Notes on vaccination in the North-West Frontier Province 1923-1928 - 1923-1928
Year: 1923
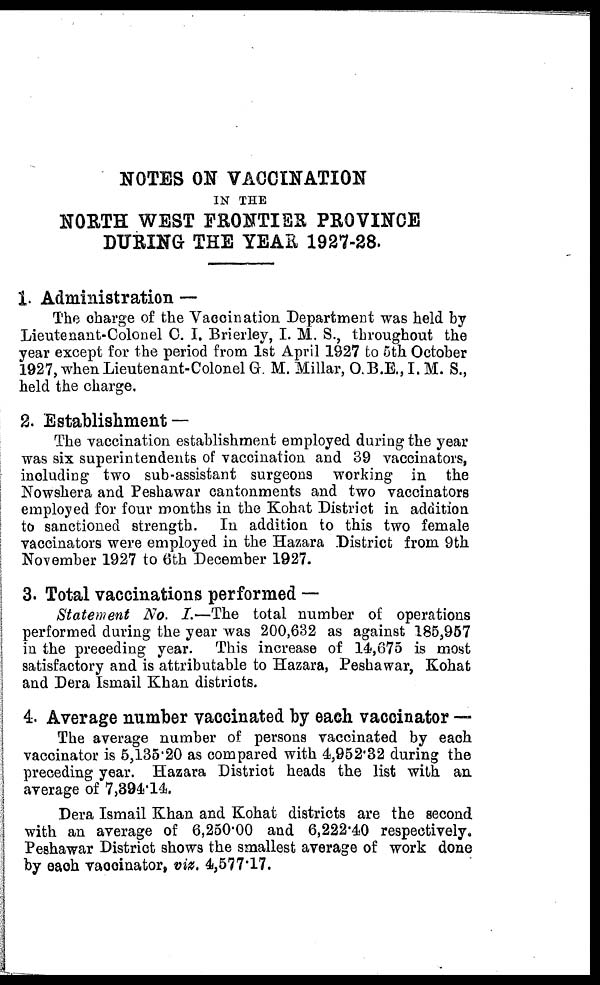
NOTES ON VACCINATION
IN THE
NORTH WEST FRONTIER PROVINCE
DURING THE YEAR 1927-28.
1. Administration —
The charge of the Vaccination Department was held by
Lieutenant-Colonel C. I. Brierley, I. M. S., throughout the
year except for the period from 1st April 1927 to 5th October
1927, when Lieutenant-Colonel G. M. Millar, O.B.E., I. M. S.,
held the charge.
2. Establishment —
The vaccination establishment employed during the year
was six superintendents of vaccination and 39 vaccinators,
including two sub-assistant surgeons working in the
Nowshera and Peshawar cantonments and two vaccinators
employed for four months in the Kohat District in addition
to sanctioned strength. In addition to this two female
vaccinators were employed in the Hazara District from 9th
November 1927 to 6th December 1927.
3. Total vaccinations performed —
Statement No. I.—The total number of operations
performed during the year was 200,632 as against 185,957
in the preceding year. This increase of 14,675 is most
satisfactory and is attributable to Hazara, Peshawar, Kohat
and Dera Ismail Khan districts.
4. Average number vaccinated by each vaccinator —
The average number of persons vaccinated by each
vaccinator is 5,135.20 as compared with 4,952.32 during the
preceding year. Hazara District heads the list with an
average of 7,394.14.
Dera Ismail Khan and Kohat districts are the second
with an average of 6,250.00 and 6,222.40 respectively.
Peshawar District shows the smallest average of work done
by each vaccinator, viz. 4,577.17.